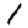
Digit: 1